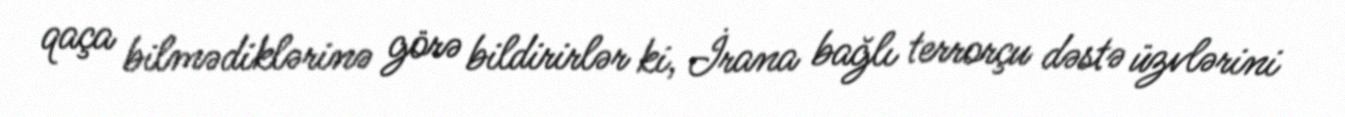
qaça bilmədiklərinə görə bildirirlər ki, İrana bağlı terrorçu dəstə üzvlərini